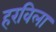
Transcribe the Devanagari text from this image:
हरविला